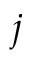
j